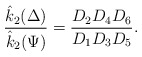
\begin{align*}\dfrac{\hat{k}_2{(\Delta)}}{\hat{k}_2(\Psi)}= \dfrac{D_{2}D_{4}D_{6}}{D_{1}D_{3}D_{5}}.\end{align*}